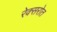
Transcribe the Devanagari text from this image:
रेक्सरोत